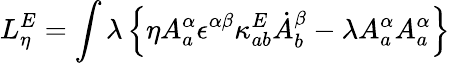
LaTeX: L_{\eta}^{E}=\int\lambda\left\{ \eta A_{a}^{\alpha}\epsilon^{\alpha\beta}\kappa_{ab}^{E}\dot{A}_{b}^{\beta}-\lambda A_{a}^{\alpha}A_{a}^{\alpha}\right\}